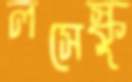
লসেস্কু